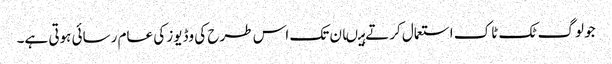
جو لوگ ٹک ٹاک استعمال کرتے ہیںان تک اس طرح کی وڈیوز کی عام رسائی ہوتی ہے۔